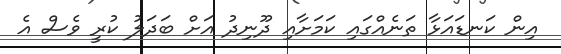
އިން ކަނޑައަޅާ ތަނެއްގައި ކަމަށާއި ދޫނިދު އަށް ބަދަލު ކުރީ ވެސް އެ